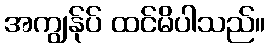
အကျွန်ုပ် ထင်မိပါသည်။